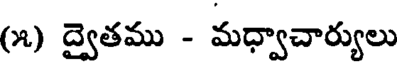
(౫) ద్వైతము - మధ్వాచార్యులు